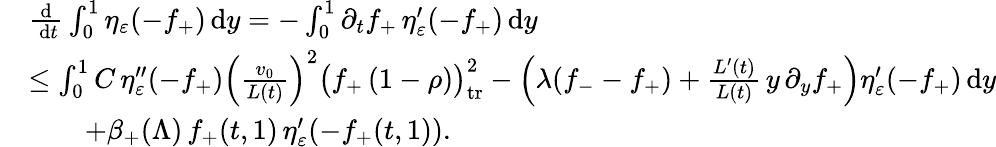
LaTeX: \begin{array}{rl}&{\frac{\textup{d}}{\, \textup{d}t}\int_{0}^{1}\eta_{\varepsilon}(-f_{+})\, \textup{d}y=-\int_{0}^{1}\partial_{t}f_{+}\, \eta_{\varepsilon}^{\prime}(-f_{+})\, \textup{d}y}\\ &{\le\int_{0}^{1}C\, \eta_{\varepsilon}^{\prime\prime}(-f_{+})\Big(\frac{v_{0}}{L(t)}\Big)^{2}\bigl(f_{+}\, (1-\rho)\bigr)_{\mathrm{tr}}^{2}-\left(\lambda(f_{-}-f_{+})+\frac{L^{\prime}(t)}{L(t)}\, y\, \partial_{y}f_{+}\right)\eta_{\varepsilon}^{\prime}(-f_{+})\, \textup{d}y}\\ &{\qquad+\beta_{+}(\Lambda)\, f_{+}(t,1)\, \eta_{\varepsilon}^{\prime}(-f_{+}(t,1)).}\end{array}